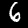
Digit: 6